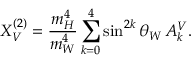
X _ { V } ^ { ( 2 ) } = \frac { m _ { H } ^ { 4 } } { m _ { W } ^ { 4 } } \sum _ { k = 0 } ^ { 4 } \sin ^ { 2 k } \theta _ { W } \, A _ { k } ^ { V } .